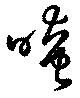
晻